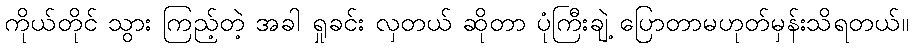
ကိုယ်တိုင် သွား ကြည့်တဲ့ အခါ ရှုခင်း လှတယ် ဆိုတာ ပုံကြီးချဲ့ ပြောတာမဟုတ်မှန်းသိရတယ်။